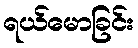
ရယ်မောခြင်း